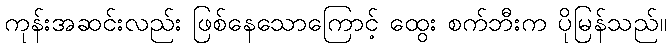
ကုန်းအဆင်းလည်း ဖြစ်နေသောကြောင့် ထွေး စက်ဘီးက ပိုမြန်သည်။